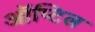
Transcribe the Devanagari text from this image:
ऑप्टिल